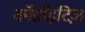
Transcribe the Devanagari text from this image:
कॉर्डांइटिज़